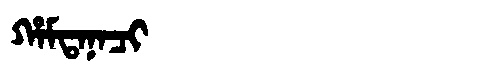
Manchu: ᡥᠠᠮᡨᠠᠨᠠᠴᡳ
Romanization: HAMTANACI